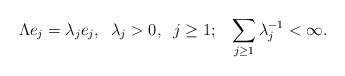
LaTeX: \begin{align*} \Lambda e_j = \lambda_j e_j, \;\; \lambda_j >0,\;\; j \ge 1; \;\;\; \sum_{j \ge 1} \lambda_j^{-1} < \infty. \end{align*}